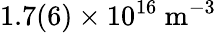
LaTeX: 1.7(6)\times 10^{16}~\mathrm{m^{-3}}